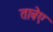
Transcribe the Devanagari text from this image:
ताबेए